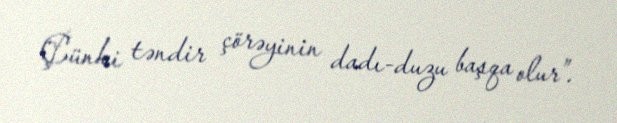
Çünki təndir çörəyinin dadı-duzu başqa olur”.